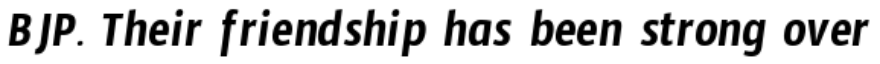
BJP. Their friendship has been strong over